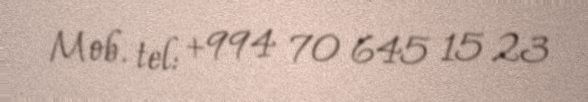
Mob. tel: +994 70 645 15 23